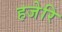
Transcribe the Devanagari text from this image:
हजेरि